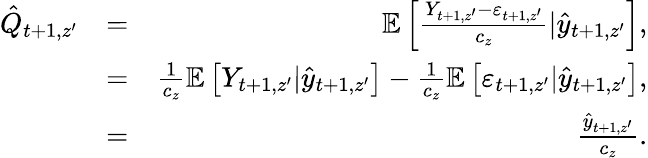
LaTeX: \begin{array}{rlr}{\hat{Q}_{t+1,z^{\prime}}}&{=}&{\mathbb{E}\left[\frac{Y_{t+1,z^{\prime}}-\varepsilon_{t+1,z^{\prime}}}{c_{z}}|\hat{y}_{t+1,z^{\prime}}\right],}\\ &{=}&{\frac{1}{c_{z}}\mathbb{E}\left[Y_{t+1,z^{\prime}}|\hat{y}_{t+1,z^{\prime}}\right]-\frac{1}{c_{z}}\mathbb{E}\left[\varepsilon_{t+1,z^{\prime}}|\hat{y}_{t+1,z^{\prime}}\right],}\\ &{=}&{\frac{\hat{y}_{t+1,z^{\prime}}}{c_{z}}.}\end{array}